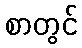
စာတွင်